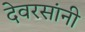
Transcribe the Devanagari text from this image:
देवरसांनी